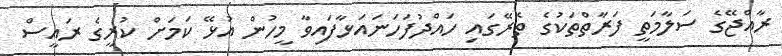
ރާއްޖޭގެ ސަލާމަތީ ފަރާތްތަކުގެ ތެރޭގައި ހައްދުފަހަނައަޅާފައިވާ މީހުން އުޅޭ ކަމަށް ކުރީގެ ރައީސް